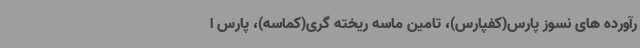
رآورده های نسوز پارس(کفپارس)، تامین ماسه ریخته گری(کماسه)، پارس ا